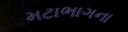
મટાભાગના